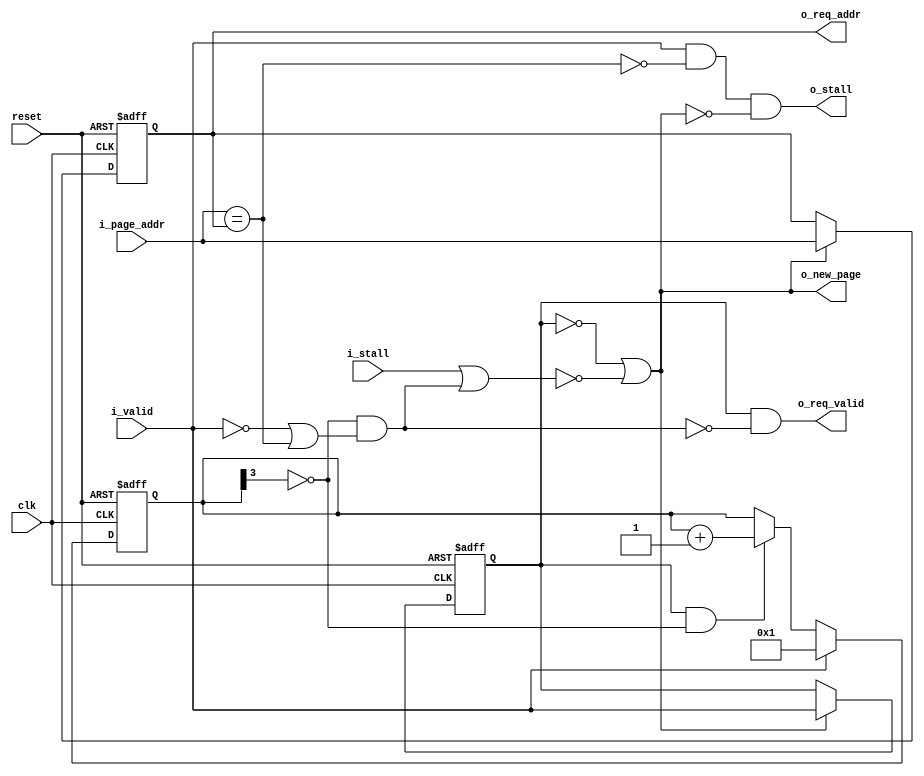
module basic_coalescer
( 
    clk, reset, i_page_addr, i_valid, o_stall, o_new_page, o_req_addr, 
    o_req_valid, i_stall 
);
parameter PAGE_ADDR_WIDTH=32;
parameter TIMEOUT=8;  
input clk;
input reset;
input [PAGE_ADDR_WIDTH-1:0] i_page_addr;
input i_valid;
output o_stall;
output o_new_page;
output [PAGE_ADDR_WIDTH-1:0] o_req_addr;
output o_req_valid;
input i_stall;
reg [PAGE_ADDR_WIDTH-1:0] page_addr;
reg valid;
wire ready;
wire waiting;
wire match;
wire timeout;
reg [$clog2(TIMEOUT):0] timeout_counter;
assign timeout = timeout_counter[$clog2(TIMEOUT)];
assign match = (i_page_addr == page_addr);
assign ready = !valid || !(i_stall || waiting);
assign waiting = !timeout && (!i_valid || match);
always@(posedge clk or posedge reset)
begin
    if(reset)
    begin
        page_addr <= {PAGE_ADDR_WIDTH{1'b0}};
        valid <= 1'b0;
        timeout_counter <= '0;
    end
    else
    begin
        page_addr <= ready ? i_page_addr : page_addr;
        valid <= ready ? i_valid : valid;
        if( i_valid )
            timeout_counter <= 'd1;
        else if( valid && !timeout )
            timeout_counter <= timeout_counter + 'd1;
    end
end
assign o_stall = i_valid && !match && !ready;
assign o_new_page = ready;
assign o_req_addr = page_addr;
assign o_req_valid = valid && !waiting;
endmodule